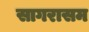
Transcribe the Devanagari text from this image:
सागरासम